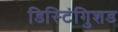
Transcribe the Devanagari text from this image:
डिस्टिंगुिशड